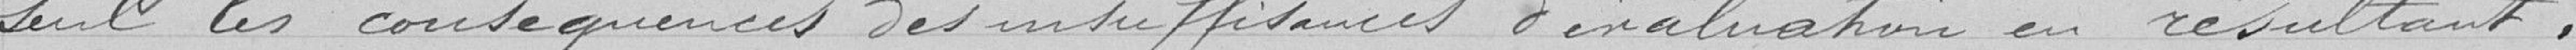
seul les insuffisances d'évaluation en résultant.